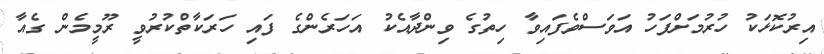
އިރުކޮޅަކު ހުރުމަށްފަހު އަވަސްވެފައިވާ ހިތުގެ ވިންދާއެކު އަހަރެންގެ ފައި ހަރަކާތްކުރުވީ ރޫމީމެން ގެއާ